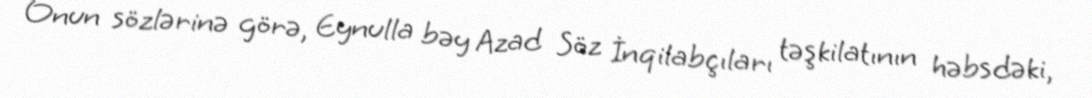
Onun sözlərinə görə, Eynulla bəy Azad Söz İnqilabçıları təşkilatının həbsdəki,